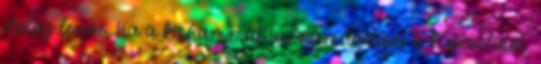
dolog lenne, ha a kisfiammal tudnám tartani a kapcsolatot.